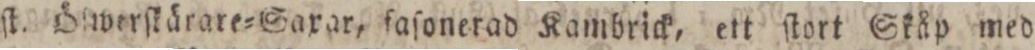
ſt. Öſwerſkärare=Saxar, ſaſonerad Kambrick, ett ſtort Skåp med